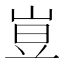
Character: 𡸈